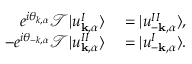
\begin{array} { r l } { e ^ { i \theta _ { k , \alpha } } \mathcal { T } | u _ { \mathbf { k } , \alpha } ^ { I } \rangle } & { { } = | u _ { - \mathbf { k } , \alpha } ^ { I I } \rangle , } \\ { - e ^ { i \theta _ { - k , \alpha } } \mathcal { T } | u _ { \mathbf { k } , \alpha } ^ { I I } \rangle } & { { } = | u _ { - \mathbf { k } , \alpha } ^ { I } \rangle . } \end{array}